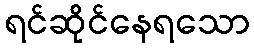
ရင်ဆိုင်နေရသော